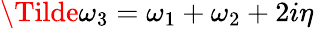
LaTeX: \Tilde{\omega}_{3}=\omega_{1}+\omega_{2}+2i\eta